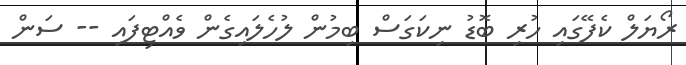
ރޯޔަލް ކެފޭގައި ހުރި ބޮޑު ނިކަގަސް ބިމުން ލުހެލައިގެން ވެއްޓިފައި -- ސަން